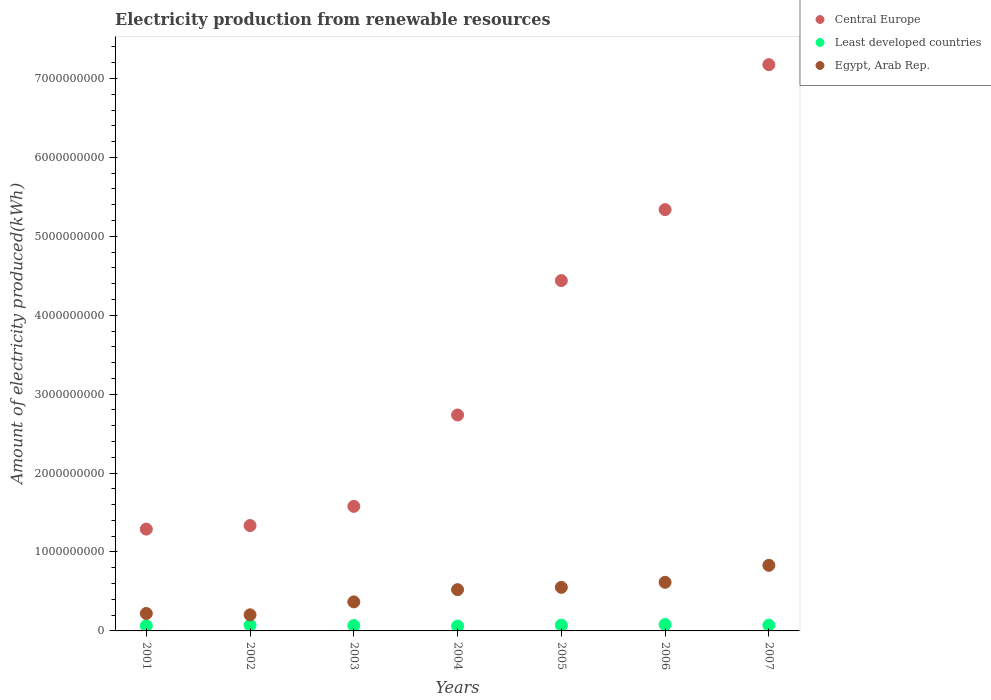
| Years | Central Europe | Least developed countries | Egypt, Arab Rep. |
 | --- | --- | --- | --- |
 | 2001 | 1.29e+09 | 6.6e+07 | 2.21e+08 |
 | 2002 | 1.34e+09 | 7.3e+07 | 2.04e+08 |
 | 2003 | 1.58e+09 | 6.8e+07 | 3.68e+08 |
 | 2004 | 2.74e+09 | 6.2e+07 | 5.23e+08 |
 | 2005 | 4.44e+09 | 7.3e+07 | 5.52e+08 |
 | 2006 | 5.34e+09 | 8.1e+07 | 6.16e+08 |
 | 2007 | 7.18e+09 | 7.3e+07 | 8.31e+08 |